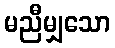
မညီမျှသော